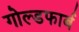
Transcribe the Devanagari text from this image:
गोल्डफार्ब